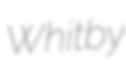
Whitby